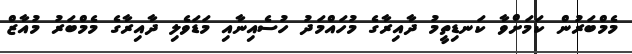
މެމްބަރުން ކަމަށްވާ ކަނޑިތީމު ދާއިރާގެ މުހައްމަދު ހުސެއިނާއި މަޑަވެލި ދާއިރާގެ މެމްބަރު މުއާޒް